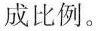
成比例。